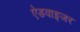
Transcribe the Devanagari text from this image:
ऐडवाइजर